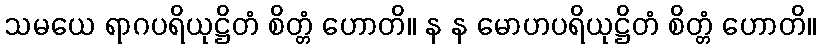
သမယေ ရာဂပရိယုဋ္ဌိတံ စိတ္တံ ဟောတိ။ န န မောဟပရိယုဋ္ဌိတံ စိတ္တံ ဟောတိ။